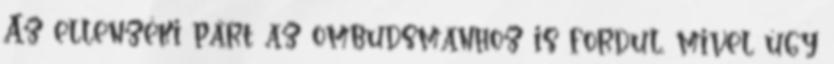
Az ellenzéki párt az ombudsmanhoz is fordul, mivel úgy